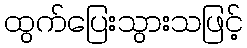
ထွက်ပြေးသွားသဖြင့်